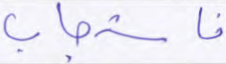
فاستجاب